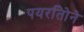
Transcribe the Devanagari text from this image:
पयरतिोने